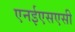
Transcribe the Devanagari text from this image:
एनईएसएसी